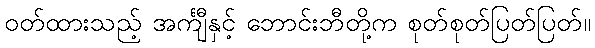
ဝတ်ထားသည့် အင်္ကျီနှင့် ဘောင်းဘီတို့က စုတ်စုတ်ပြတ်ပြတ်။